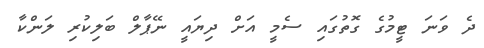
ދެ ވަނަ ޓީމުގެ ގޮތުގައި ސެމީ އަށް ދިޔައީ ނޭޕާލް ބަލިކުރި ލަންކާ